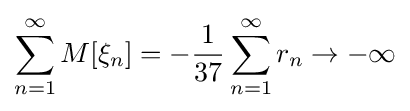
\sum _{n=1}^{\infty }M[\xi _{n}]=-{\frac {1}{37}}\sum _{n=1}^{\infty }r_{n}\to -\infty